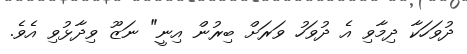
ދުވަހަކާ ދިމާވި އެ ދުވަހު ވަރަށް ބިރުން އިނީ" ނަޒޫ ވިދާޅުވި އެވެ.